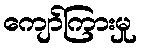
ကျော်ကြားမှု